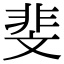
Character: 斐